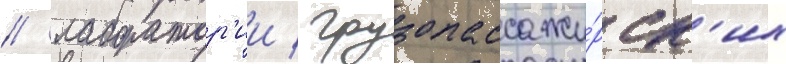
/ лаборатор'ии / грузопассажи́рск'их